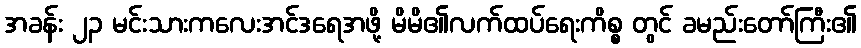
အခန်း ၂၃ မင်းသားကလေးအင်ဒရေအဖို့ မိမိ၏လက်ထပ်ရေးကိစ္စ တွင် ခမည်းတော်ကြီး၏